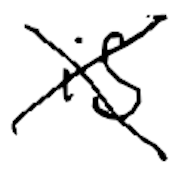
Text: is
Cross-out: cross
Writing tool: digital_black